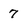
Character: 7